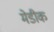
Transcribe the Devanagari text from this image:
मेडीक